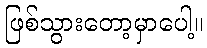
ဖြစ်သွားတော့မှာပေါ့။